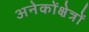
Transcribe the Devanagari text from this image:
अनेकोंक्षेत्रों